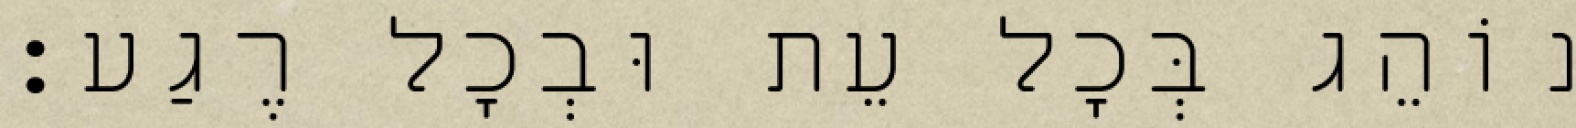
נוֹהֵג בְּכׇל עֵת וּבְכׇל רֶגַע: